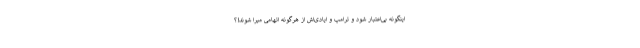
اینگونه بی‌اعتبار شود و ترامپ و ایادی‌اش از هرگونه اتهامی مبرا شوند!؟